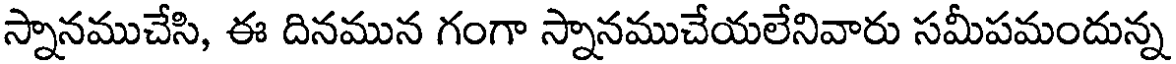
స్నానముచేసి, ఈ దినమున గంగా స్నానముచేయలేనివారు సమీపమందున్న